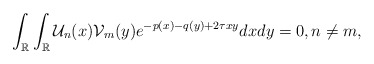
\begin{align*}\int_{\mathbb{R}}\int_{\mathbb{R}}\mathcal{U}_n(x)\mathcal{V}_m(y)e^{-p(x)-q(y)+2\tau xy}dx dy = 0, n \neq m,\end{align*}